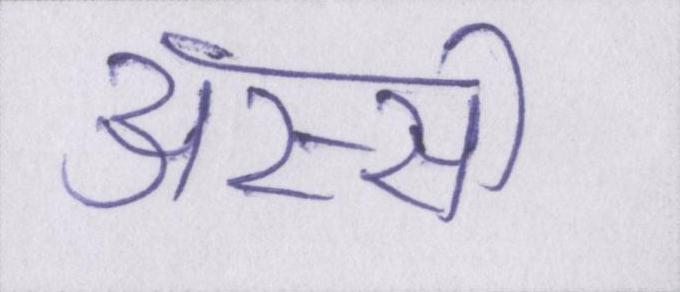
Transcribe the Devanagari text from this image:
अस्सी